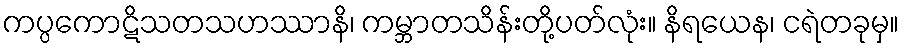
ကပ္ပကောဋိသတသဟဿာနိ၊ ကမ္ဘာတသိန်းတို့ပတ်လုံး။ နိရယေန၊ ငရဲတခုမှ။